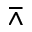
\barwedge